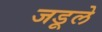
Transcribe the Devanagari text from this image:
जडूले